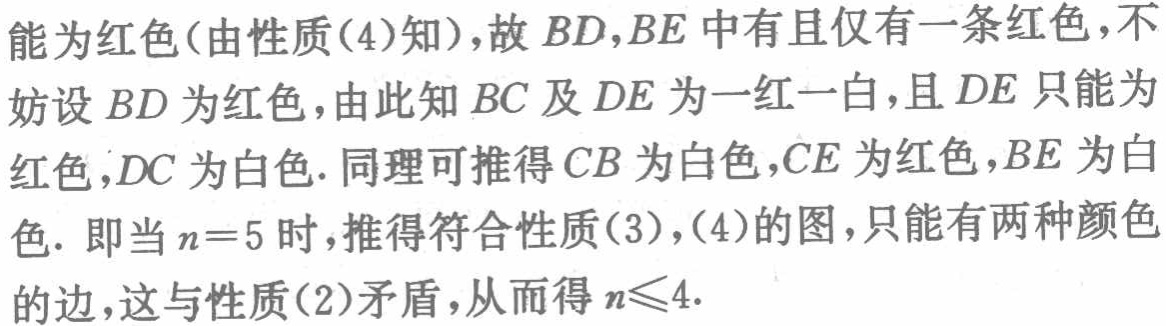
不能为红色(由性质(4)知)，故 \(BD,BE\) 中有且仅有一条红色，不妨设 \(BD\) 为红色，由此知 \(BC\) 及 \(DE\) 为一红一白，且 \(DE\) 只能为红色，\(DC\) 为白色. 同理可推得 \(CB\) 为白色，\(CE\) 为红色，\(BE\) 为白色. 即当 \(n = 5\) 时，推得符合性质(3)，(4)的图，只能有两种颜色的边，这与性质(2)矛盾，从而得 \(n\leqslant4\).